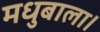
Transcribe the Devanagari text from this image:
मधुबाला।